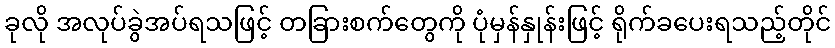
ခုလို အလုပ်ခွဲအပ်ရသဖြင့် တခြားစက်တွေကို ပုံမှန်နှုန်းဖြင့် ရိုက်ခပေးရသည့်တိုင်